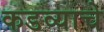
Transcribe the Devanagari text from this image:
कडव्याचे